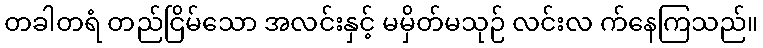
တခါတရံ တည်ငြိမ်သော အလင်းနှင့် မမှိတ်မသုဉ် လင်းလ က်နေကြသည်။